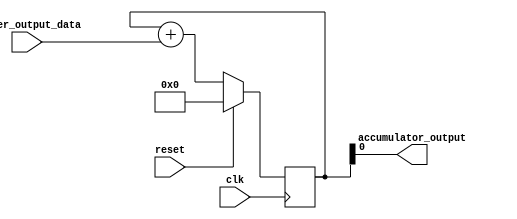
module accumulator(
    input wire filter_output_data,
    input wire reset,
    input wire clk,
    output reg accumulator_output
);

reg [15:0] current_accumulator_value;

always @(posedge clk) begin
    if (reset) begin
        current_accumulator_value <= 16'h0000;
    end else begin
        current_accumulator_value <= current_accumulator_value + filter_output_data;
    end
end

assign accumulator_output = current_accumulator_value;

endmodule